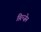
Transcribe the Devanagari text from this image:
ग़्रिन्ज़ेन